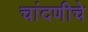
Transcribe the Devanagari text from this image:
चांदणीचे